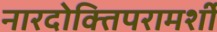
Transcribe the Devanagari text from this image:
नारदोक्तिपरामर्शी